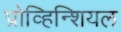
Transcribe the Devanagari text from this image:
प्रोव्हिन्शियल